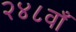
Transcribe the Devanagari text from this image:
२४८वाँ